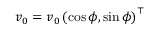
\ensuremath { \boldsymbol { v } } _ { 0 } = v _ { 0 } \left( \cos { \phi } , \sin { \phi } \right) ^ { \top }